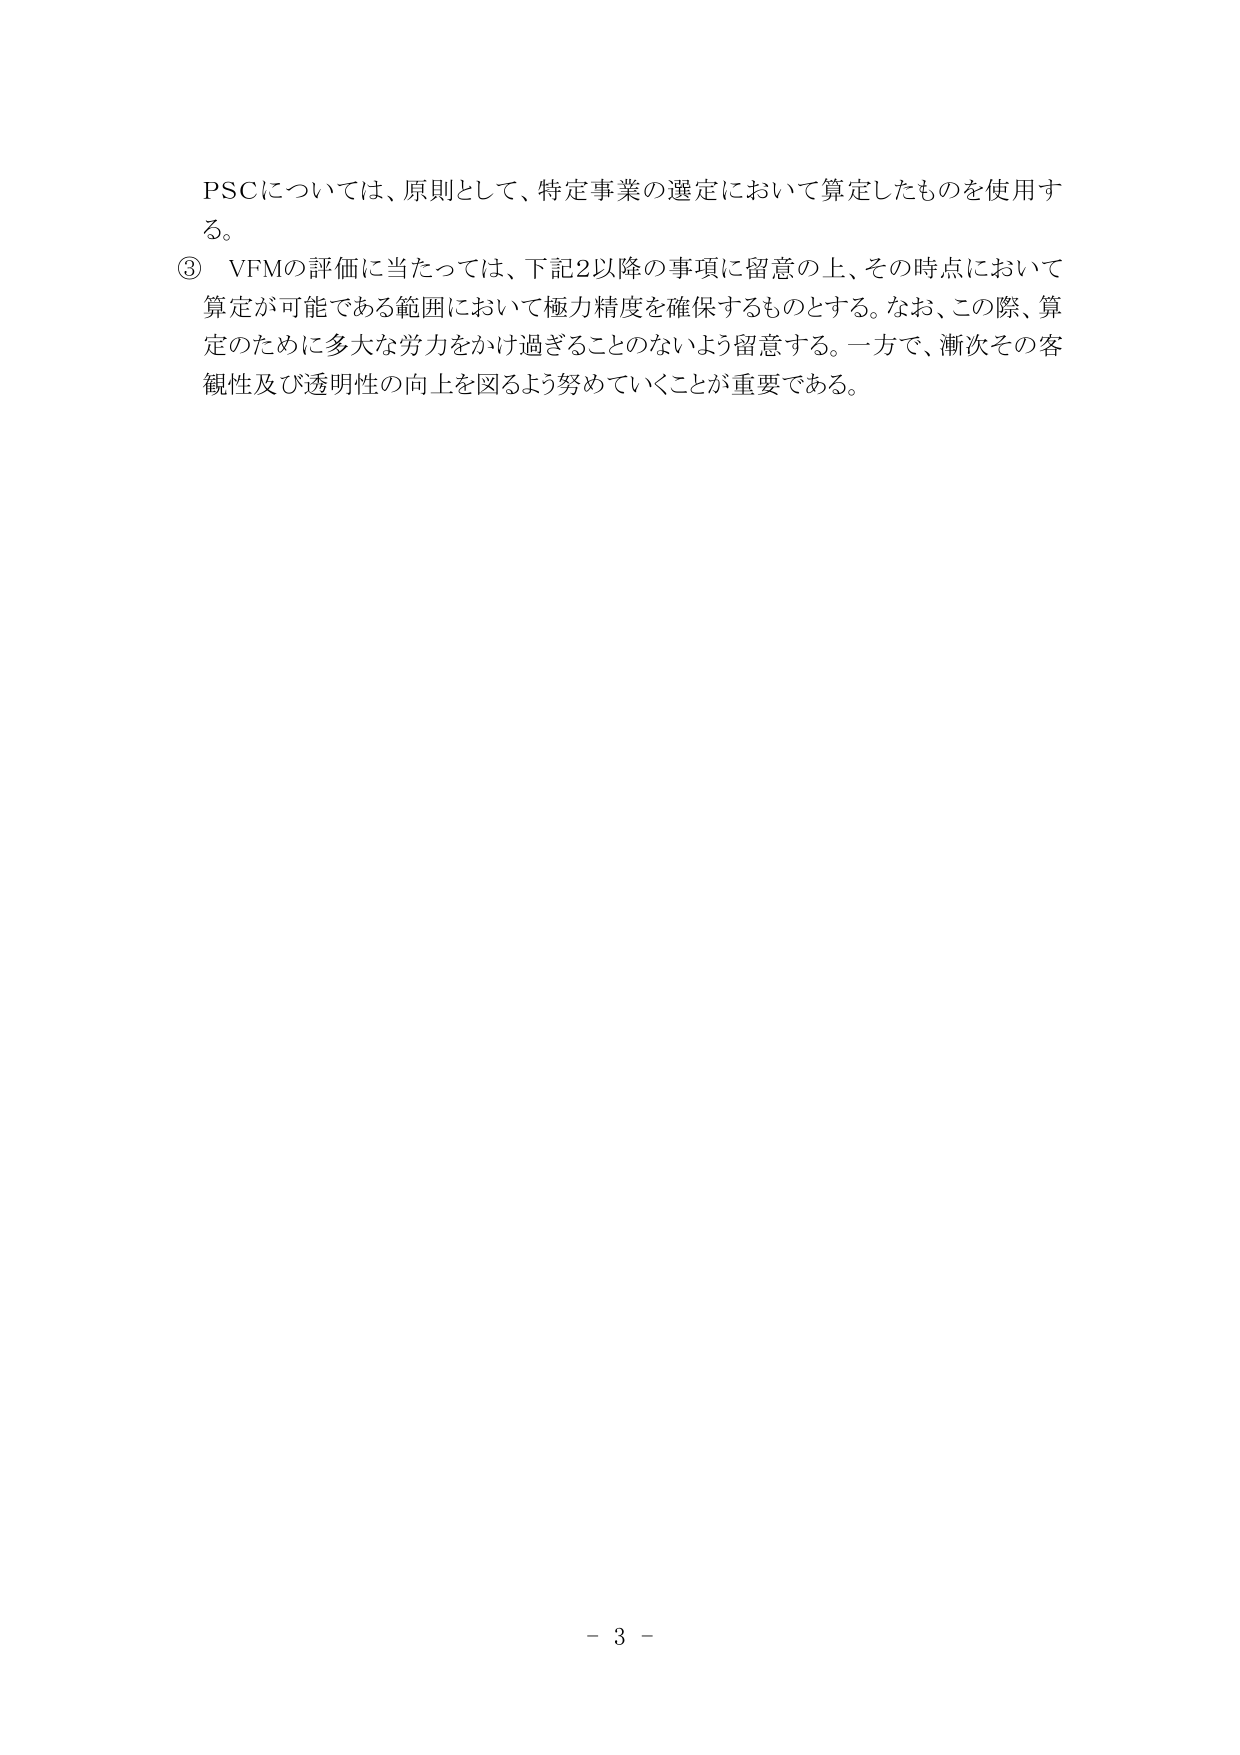
PSCについては、原則として、特定事業の選定において算定したものを使用する。

③ VFMの評価に当たっては、下記2以降の事項に留意の上、その時点において算定が可能である範囲において極力精度を確保するものとする。なお、この際、算定のために多大な労力をかけ過ぎることのないよう留意する。一方で、漸次その客観性及び透明性の向上を図るよう努めていくことが重要である。

- 3 -